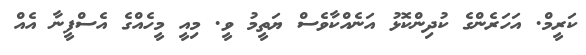
ކަރީމް. އަހަރެންގެ ކުދިންކޮޅު އަނެއްކާވެސް ޔަތީމު ވީ. މިއީ މީހެއްގެ އެސްފީނާ އެއް